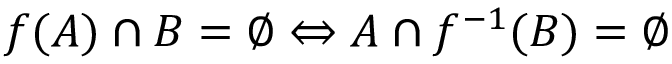
f ( A ) \cap B = \varnothing \Leftrightarrow A \cap f ^ { - 1 } ( B ) = \varnothing